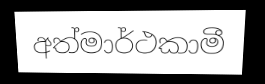
අත්මාර්ථකාමී